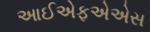
આઈએફએએસ